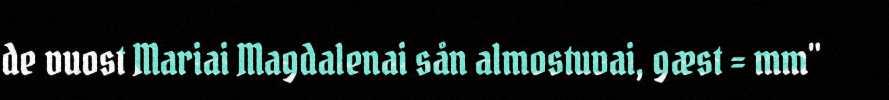
de vuost Mariai Magdalenai sån almostuvai, gæst = mm"